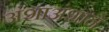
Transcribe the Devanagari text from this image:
अंशाअंशाने